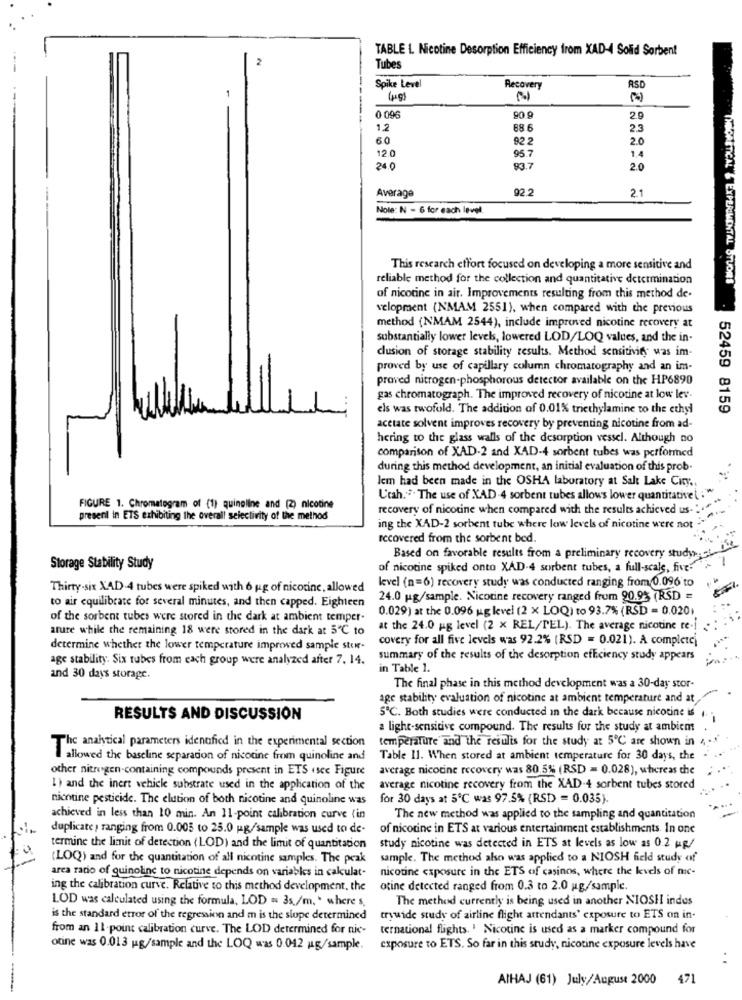
TABLE L. Nicotine Desorption Efficiency from XAD-4 Solid Sorbent
2
Tubes
Spike Level
Recovery
RSD
0 096
80
2.9
1.2
68 6
2.3
60
92 2
2.0
95.7
12.0
1.
24.0
83.7
2.0
92.2
Average
2.1
Note: N - 6 for each level.
This research effort focused on developing a more sensitive and
reliable method for the collection and quantitative determination
CRITICAL & EXPERIMENTAL STUORS
of nicotine in air. Improvements resulting from this method de.
velopment (NMAM 2551), when compared with the previous
method (NMAM 2544), include improved nicotine recovery at
substantially lower levels, lowered LOD/LOQ values, and the in-
clusion of storage stability results. Method sensitivity was im-
proved by use of capillary column chromatography and an im-
proved nitrogen-phosphorous detector available on the HP6890
gas chromatograph. The improved recovery of nicotine at low lev-
els was twofold. The addition of 0.01% triethylamine to the ethyl
52459 8159
acetate solvent improves recovery by preventing nicotine from ad-
hering to the glass walls of the desorption vessel. Although no
comparison of XAD-2 and XAD-4 sorbent tubes was performed
during this method development, an initial evaluation of this prob.
Jem had been made in the OSHA laboratory at Salt Lake City ..
U'rah. .. The use of XAD 4 sorbent tubes allows lower quantitative( :"
FIGURE 1. Chromatogram of (1) quinoline and (2) nicotine
recovery of nicotine when compared with the results achieved us- . "
present in ETS exhibiting the overall selectivity of the method
ing the XAD-2 sorbent tube where low levels of nicotine were not
recovered from the sorbent bed.
Based on favorable results from a preliminary recovery study;
Storage Stability Study
of nicotine spiked onto XAD-4 sorbent tubes, a full-scale, five""
level (n=6) recovery study was conducted ranging from 0.096 to
Thirty-six XAD.4 tubes were spiked with 6 ug of nicotine, allowed
to air equilibrate for several minutes, and then capped. Eighteen
24.0 ug/sample. Nicotine recovery ranged from 90.9% (RSD =
0.029) at the 0.096 ug level (2 x LOQ) to 93.7% (RSD = 0.020
of the sorbent tubes were stored in the dark at ambient temper-
ature while the remaining 18 were stored in the dark at 5℃ to
at the 24.0 ug level (2 x REL/TEL). The average nicotine re-i
covery for all five levels was 92.2% (RSD = 0.021). A completei
determine whether the lower temperature improved sample stor-
age stability. Six tubes from each group were analyzed after 7. 14.
summary of the results of the desorption efficiency study appears
in Table 1.
and 30 days storage.
The final phase in this method development was a 30-day stor-
age stability evaluation of nicotine at ambient temperature and at
5℃. Both studies were conducted in the dark because nicotine is
RESULTS AND DISCUSSION
a light-sensitive compound. The results for the study at ambient
The analytical parameters identified in the experimental section temperature and the results for the study at 5℃ are shown in 4 .
allowed the baseline separation of nicotine from quinoline and
Table 11. When stored at ambient temperature for 30 days, the
other nitrogen-containing compounds present in ETS .see Figure
average nicotine recovery was 80.5% (RSD = 0.028), whereas the
1) and the inert vehicle substrate used in the application of the
average nicotine recovery from the XAD-4 sorbent tubes stored
nicotine pesticide. The elution of both nicotine and quinoline was
for 30 days at 5℃ was 97.5% (RSD = 0.035).
achieved in less than 10 min. An 11-point calibration curve (in
The new method was applied to the sampling and quantitation
duplicate, ranging from 0.005 to 25.0 g/sample was used to de-
of nicotine in ETS at various entertainment establishments. In one
termine the limit of detection (LOD) and the limit of quantitation
study nicotine was detected in ETS at levels as low as 0.2 up/
(LOQ) and for the quantitation of all nicotine samples. The peak
sample. The method also was applied to a NIOSH field study of
area ratio of quinoline to nicotine depends on variables in calculat-
nicotine exposure in the ETS of casinos, where the levels of mc-
ing the calibration curve. Relative to this method development, the
otine detected ranged from 0.3 to 2.0 ug/sample.
LOD was calculated using the formula, LOD = 3s/m, " where's.
The method currently is being used in another NIOSH indus
is the standard etror of the regression and m is the slope determined
trywide study of airline flight attendants' exposure to ETS on in-
from an 11-point calibration curve. The LOD determined for nic-
ternational flights. ' Nicotine is used as a marker compound for
otine was 0.013 ug/sample and the LOQ was 0.042 ug/sample.
exposure to ETS. So far in this study, nicotine exposure levels have
AIHAJ (61) July/August 2000
471